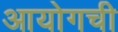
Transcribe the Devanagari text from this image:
आयोगची